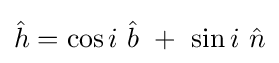
{\hat {h}}=\cos i\ {\hat {b}}\ +\ \sin i\ {\hat {n}}